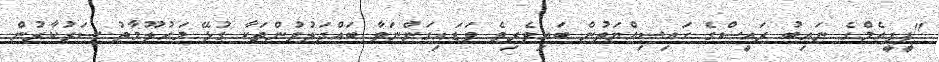
"ޕީޕީއެމްގެ ނައިބު ރައީސްގެ ހައިސިއްޔަތުން ބައިވެރިވެ ވަޑައިގަންނަވާ ބައްދަލުވުންތަކާ ގުޅޭ މައުލޫމާތު ސަރުކާރުން